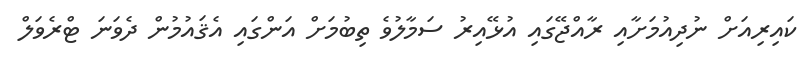
ކައިރިއަށް ނުދިއުމަށާއި ރާއްޖޭގައި އުޅޭއިރު ސަމާލުވެ ތިބުމަށް އަންގައި އެޤައުމުން ދެވަނަ ޓްރެވަލް